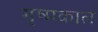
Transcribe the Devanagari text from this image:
गृष्मकाल